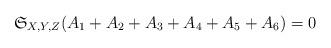
LaTeX: \begin{align*}\mathfrak S_{X,Y,Z}(A_1+A_2+A_3+A_4+A_5+A_6)=0\end{align*}